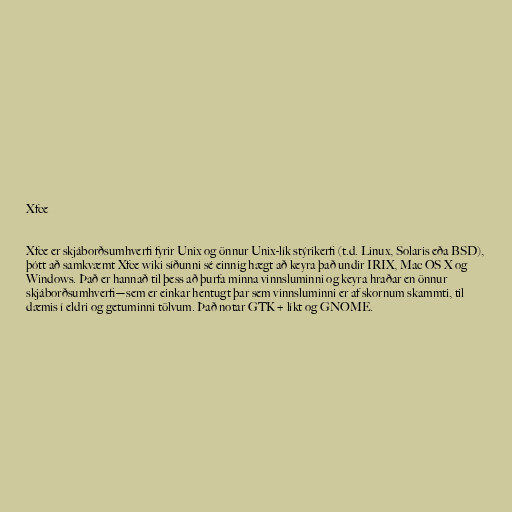
Xfce

Xfce er skjáborðsumhverfi fyrir Unix og önnur Unix-lík stýrikerfi (t.d. Linux, Solaris eða BSD),
þótt að samkvæmt Xfce wiki síðunni sé einnig hægt að keyra það undir IRIX, Mac OS X og
Windows. Það er hannað til þess að þurfa minna vinnsluminni og keyra hraðar en önnur
skjáborðsumhverfi—sem er einkar hentugt þar sem vinnsluminni er af skornum skammti, til
dæmis í eldri og getuminni tölvum. Það notar GTK+ líkt og GNOME.